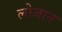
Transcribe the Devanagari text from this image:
लोजान